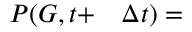
\begin{array} { r l } { P ( G , t + } & { { } \Delta t ) = } \end{array}